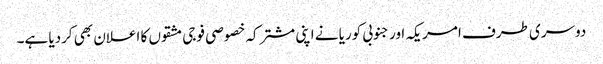
دوسری طرف امریکہ اور جنوبی کوریا نے اپنی مشترکہ خصوصی فوجی مشقوں کا اعلان بھی کردیا ہے۔